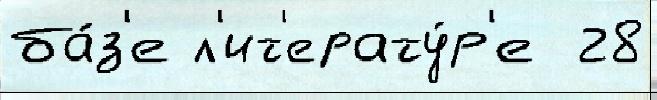
ба́з'е л'ит'ерату́р'е  28